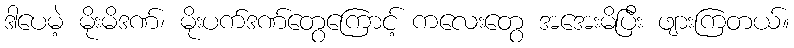
ဒါပေမဲ့ မိုးမိဒဏ်၊ မိုးပက်ဒဏ်တွေကြောင့် ကလေးတွေ အအေးမိပြီး ဖျားကြတယ်။